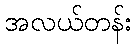
အလယ်တန်း